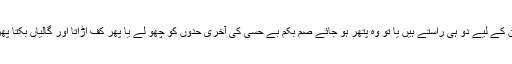
انسان کے لیے دو ہی راستے ہیں یا تو وہ پتھر ہو جائے صم بکم بے حسی کی آخری حدوں کو چھو لے یا پھر کف اڑاتا اور گالیاں بکتا پھرے۔